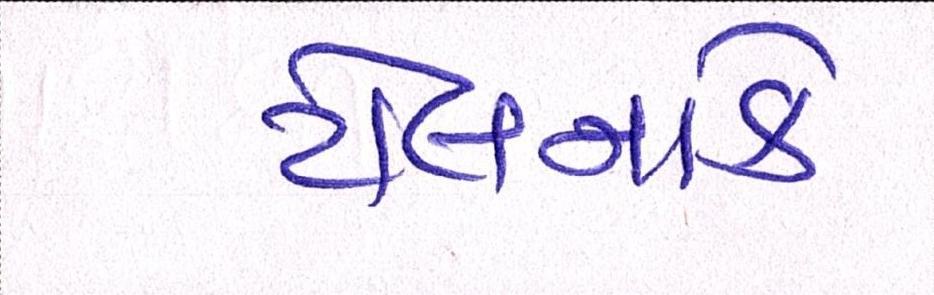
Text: ટોલનાકે